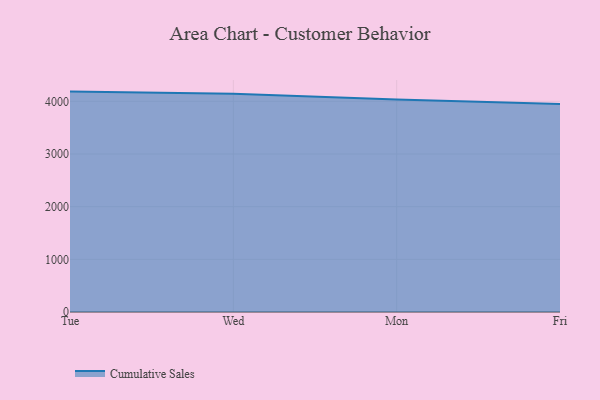
{"axis": {"x": "Day", "y": "Satisfaction Score"}, "legend": ["Cumulative Sales"], "data": [{"x": "Tue", "y": 4184.6, "type": "Cumulative Sales"}, {"x": "Wed", "y": 4144.0, "type": "Cumulative Sales"}, {"x": "Mon", "y": 4032.5, "type": "Cumulative Sales"}, {"x": "Fri", "y": 3950.9, "type": "Cumulative Sales"}]}